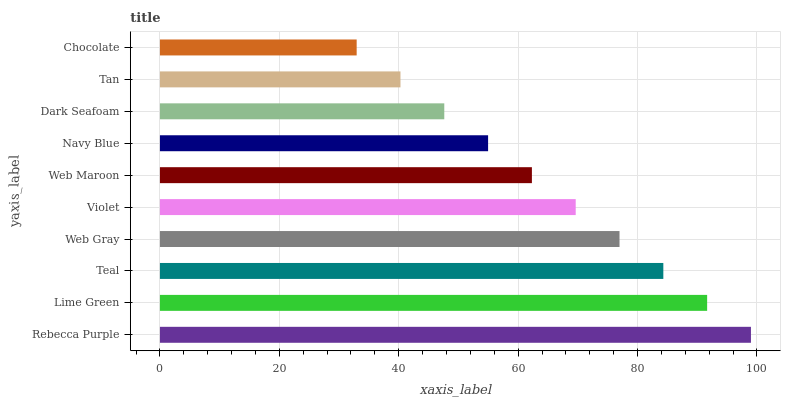
| yaxis_label | bars |
 | --- | --- |
 | Rebecca Purple | 99 |
 | Lime Green | 91.7 |
 | Teal | 84.3 |
 | Web Gray | 77 |
 | Violet | 69.6 |
 | Web Maroon | 62.3 |
 | Navy Blue | 55 |
 | Dark Seafoam | 47.6 |
 | Tan | 40.3 |
 | Chocolate | 33 |